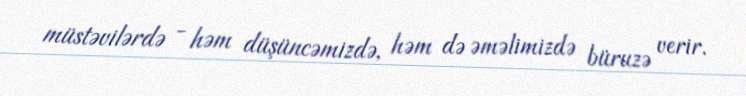
müstəvilərdə - həm düşüncəmizdə, həm də əməlimizdə büruzə verir.